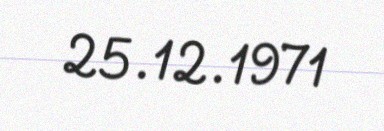
25.12.1971